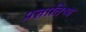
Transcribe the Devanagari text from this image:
प्रज्ञातिष्य